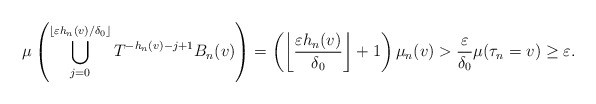
\begin{align*} &\mu\left(\bigcup_{j=0}^{\lfloor\varepsilon h_n(v)/\delta_0\rfloor}T^{-h_n(v)-j+1}B_n(v)\right) = \left(\left\lfloor\frac{\varepsilon h_n(v)}{\delta_0}\right\rfloor + 1\right)\mu_n(v) > \frac{\varepsilon}{\delta_0}\mu(\tau_n=v)\geq \varepsilon.\end{align*}